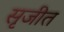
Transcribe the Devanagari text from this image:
सृजीत